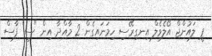
ޕީ ލައުންޖް އޯލެވެލް އިނގިރޭސި ހިމަނައިގެން 2 މާއްދާ އިން "ސީ" ފާސް